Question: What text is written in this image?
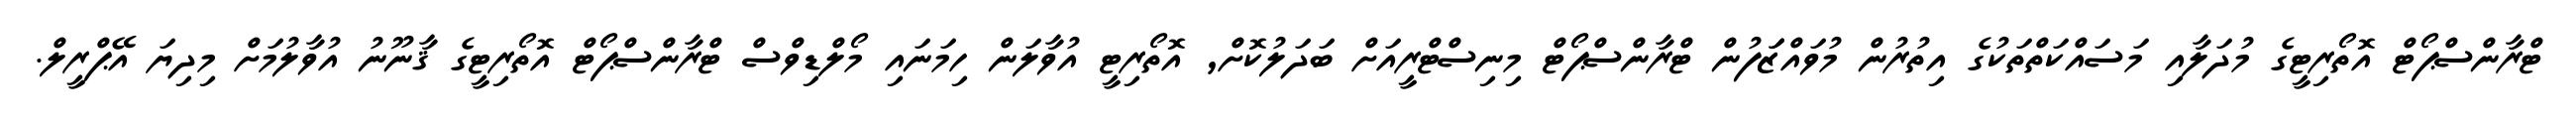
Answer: ޓްރާންސްޕޯޓް އޮތޯރިޓީގެ މުދަލާއި މަސައްކަތްތަކުގެ އިތުރުން މުވައްޒަަފުން ޓްރާންސްޕޯޓް މިނިސްޓްރީއަށް ބަދަލުކޮށް, އޮތޯރިޓީ އުވާލަން ހިމަނައި މޯލްޑިވްސް ޓްރާންސްޕޯޓް އޮތޯރިޓީގެ ޤާނޫނު އުވާލުމަށް މިދިޔަ އޭޕްރީލް.